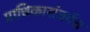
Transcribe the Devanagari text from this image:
प्राधिकारांतर्गत